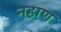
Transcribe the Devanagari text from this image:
नहाण